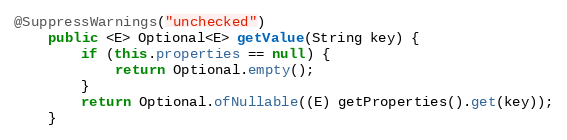
Language: Java
@SuppressWarnings("unchecked")
    public <E> Optional<E> getValue(String key) {
        if (this.properties == null) {
            return Optional.empty();
        }
        return Optional.ofNullable((E) getProperties().get(key));
    }